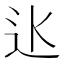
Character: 𨑝